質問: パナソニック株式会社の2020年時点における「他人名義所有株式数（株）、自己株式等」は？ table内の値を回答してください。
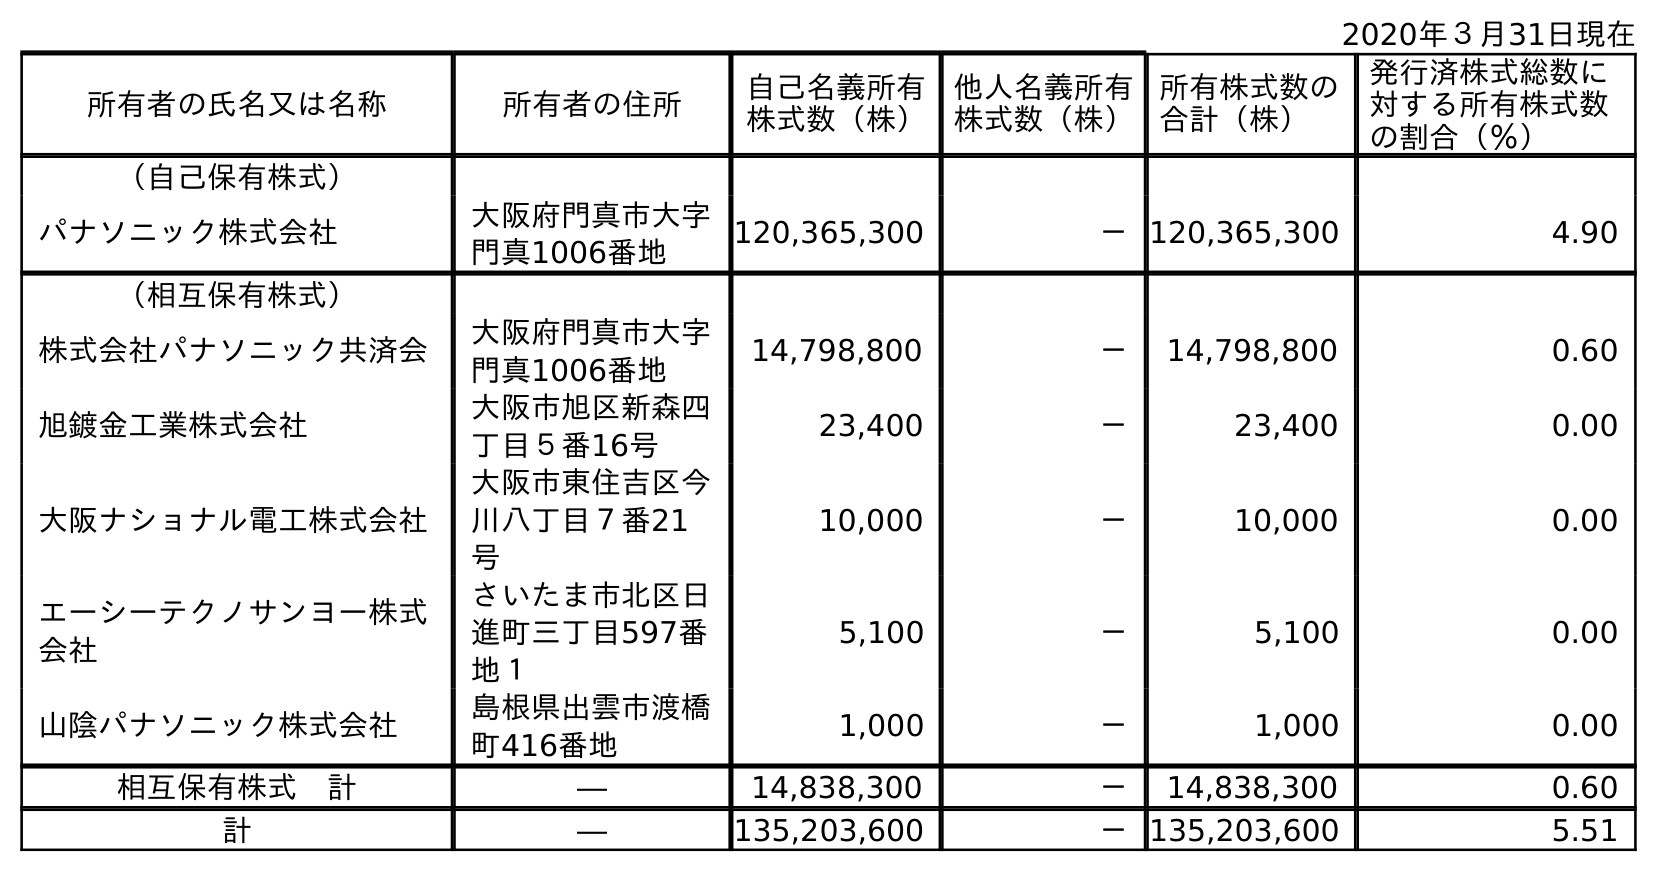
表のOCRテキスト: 2020年３月31日現在 所有者の氏名又は名称 所有者の住所 自己名義所有 株式数（株） 他人名義所有 株式数（株） 所有株式数の 合計（株） 発行済株式総数に 対する所有株式数 の割合（％） （自己保有株式） パナソニック株式会社 大阪府門真市大字 門真1006番地 120,365,300 －120,365,300 4.90 （相互保有株式） 株式会社パナソニック共済会 大阪府門真市大字 門真1006番地 14,798,800 － 14,798,800 0.60 旭鍍金工業株式会社 大阪市旭区新森四 丁目５番16号 23,400 － 23,400 0.00 大阪ナショナル電工株式会社 大阪市東住吉区今 川八丁目７番21 号 10,000 － 10,000 0.00 エーシーテクノサンヨー株式 会社 さいたま市北区日 進町三丁目597番 地１ 5,100 － 5,100 0.00 山陰パナソニック株式会社 島根県出雲市渡橋 町416番地 1,000 － 1,000 0.00 相互保有株式 計 ― 14,838,300 － 14,838,300 0.60 計 ― 135,203,600 －135,203,600 5.51
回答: －